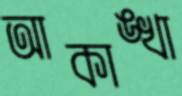
আকাঙ্খা